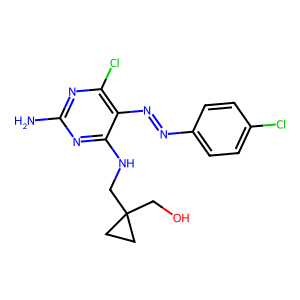
SMILES: Nc1nc(Cl)c(N=Nc2ccc(Cl)cc2)c(NCC2(CO)CC2)n1
Inhibits HIV replication: No